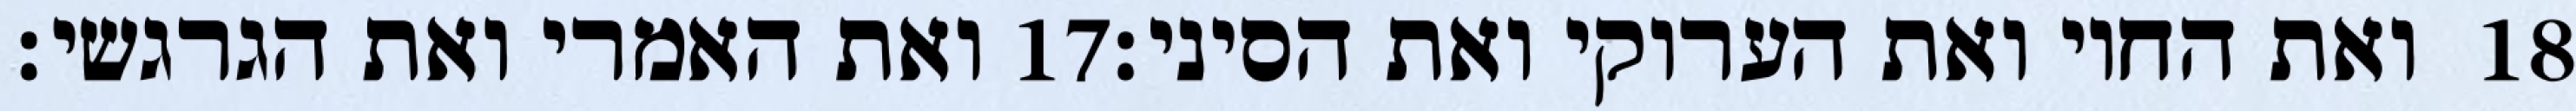
ואת האמרי ואת הגרגשי׃ ‎17‏ ואת החוי ואת הערוקי ואת הסיני׃ ‎18‏